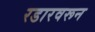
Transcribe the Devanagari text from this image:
रडारवरून